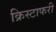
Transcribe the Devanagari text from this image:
क्रिस्टाफरी